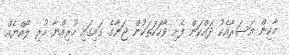
މާކިން އަސަރާއެކު ދައްކަން ފެށި ވާހަކަތަކުން ޖަނާގެ ގައިގައި ހުރިއްޔާ ހުރި ލޯއްޔެއް